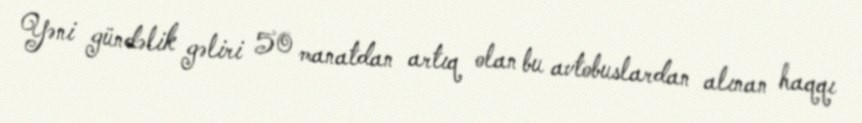
Yəni gündəlik gəliri 50 manatdan artıq olan bu avtobuslardan alınan haqqı